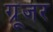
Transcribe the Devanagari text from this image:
ग्रूजर